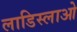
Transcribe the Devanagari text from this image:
लाडिस्लाओ